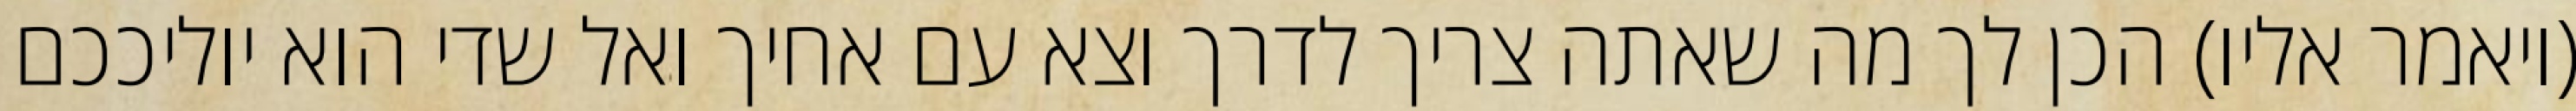
(ויאמר אליו) הכן לך מה שאתה צריך לדרך וצא עם אחיך ואל שדי הוא יוליככם